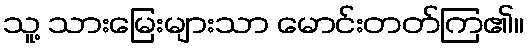
သူ့ သားမြေးများသာ မောင်းတတ်ကြ၏။